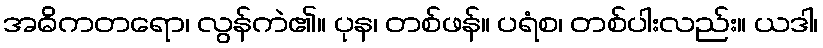
အဓိကတရော၊ လွန်ကဲ၏။ ပုန၊ တစ်ဖန်။ ပရံစ၊ တစ်ပါးလည်း။ ယဒါ၊